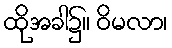
ထိုအခါ၌။ ဝိမလာ၊